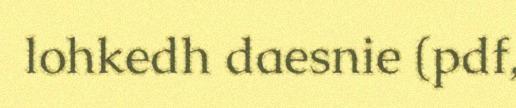
lohkedh daesnie (pdf,